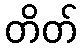
တိတ်